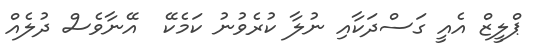
ޕްލީޒް އެއީ ގަސްދަކާއި ނުލާ ކުރެވުނު ކަމެކޭ  އޭނާވެސް ދުލެއް